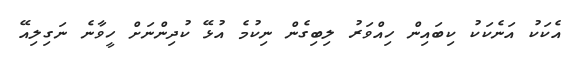
އެކަކު އަނެކަކު ކިބައިން ހިއްވަރު ލިބިގެން ނިކުމެ އުޅޭ ކުދިންނަށް ހީވާނެ ނަގިލިއޭ